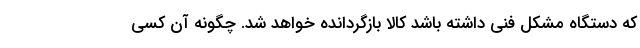
که دستگاه مشکل فنی داشته باشد کالا بازگردانده خواهد شد. چگونه آن کسی